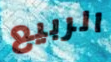
الربيع